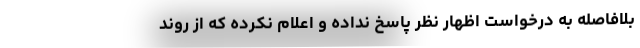
بلافاصله به درخواست اظهار نظر پاسخ نداده و اعلام نکرده که از روند